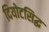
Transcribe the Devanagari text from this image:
दियोटसिद्ध